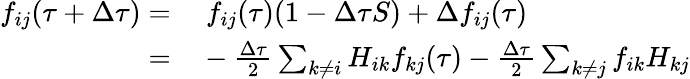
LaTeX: \begin{array}{rl}{f_{ij}(\tau+\Delta\tau)=}&{{}\ f_{ij}(\tau)(1-\Delta\tau S)+\Delta f_{ij}(\tau)}\\ {=}&{{}-\frac{\Delta\tau}{2}\sum_{k\ne i}H_{ik}f_{kj}(\tau)-\frac{\Delta\tau}{2}\sum_{k\ne j}f_{ik}H_{kj}}\end{array}